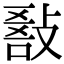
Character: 𢾵